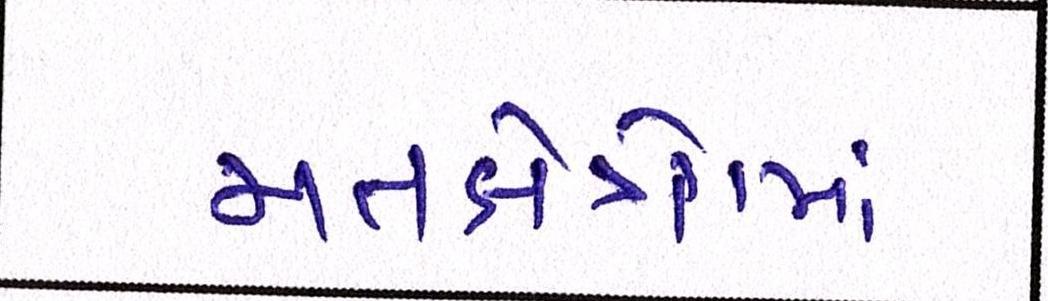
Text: મતક્ષેત્રોમાં